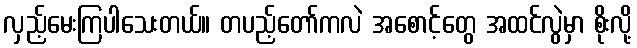
လှည့်မေးကြပါသေးတယ်။ တပည့်တော်ကလဲ အစောင့်တွေ အထင်လွဲမှာ စိုးလို့